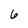
Character: 6